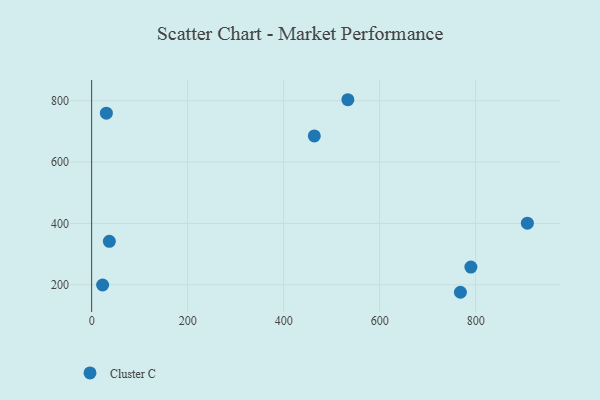
{"axis": {"x": "Price", "y": "Salary"}, "legend": ["Cluster C"], "data": [{"x": "22.9", "y": 199.4, "type": "Cluster C"}, {"x": "768.3", "y": 175.6, "type": "Cluster C"}, {"x": "30.7", "y": 759.7, "type": "Cluster C"}, {"x": "36.9", "y": 341.7, "type": "Cluster C"}, {"x": "790.1", "y": 257.7, "type": "Cluster C"}, {"x": "533.8", "y": 803.4, "type": "Cluster C"}, {"x": "907.8", "y": 400.9, "type": "Cluster C"}, {"x": "463.9", "y": 685.5, "type": "Cluster C"}]}